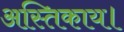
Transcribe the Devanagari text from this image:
अस्तिकाय।